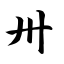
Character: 卅